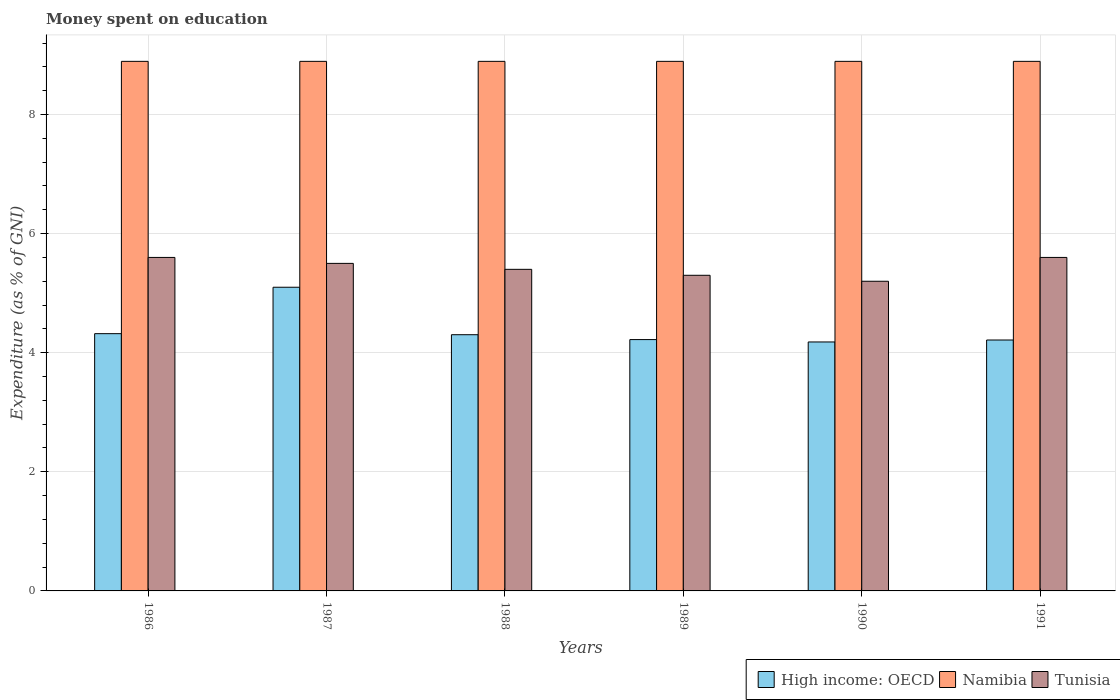
| Years | High income: OECD | Namibia | Tunisia |
 | --- | --- | --- | --- |
 | 1986 | 4.32 | 8.89 | 5.6 |
 | 1987 | 5.1 | 8.89 | 5.5 |
 | 1988 | 4.3 | 8.89 | 5.4 |
 | 1989 | 4.22 | 8.89 | 5.3 |
 | 1990 | 4.18 | 8.89 | 5.2 |
 | 1991 | 4.21 | 8.89 | 5.6 |